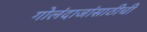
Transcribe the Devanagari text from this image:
गोलंदाजांसाठीची